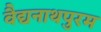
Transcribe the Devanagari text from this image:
वैद्यनाथपुरम